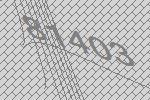
81403